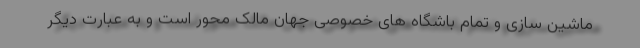
ماشین سازی و تمام باشگاه های خصوصی جهان مالک محور است و به عبارت دیگر